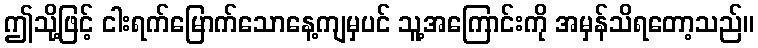
ဤသို့ဖြင့် ငါးရက်မြောက်သောနေ့ကျမှပင် သူ့အကြောင်းကို အမှန်သိရတော့သည်။